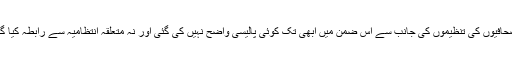
صحافیوں کی تنظیموں کی جانب سے اس ضمن میں ابھی تک کوئی پالیسی واضح نہیں کی گئی اور نہ متعلقہ انتظامیہ سے رابطہ کیا گیا۔